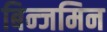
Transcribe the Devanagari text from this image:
बिन्जमिन